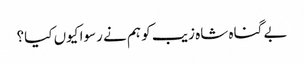
بے گناہ شاہ زیب کو ہم نے رسوا کیوں کیا؟